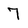
Character: 7